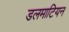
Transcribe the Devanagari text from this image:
डलमाटियन